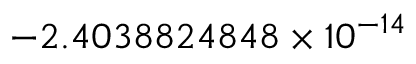
- 2 . 4 0 3 8 8 2 4 8 4 8 \times 1 0 ^ { - 1 4 }